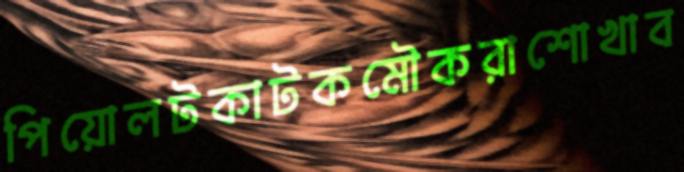
পিয়োলটকাটকমৌকরাশোখাব